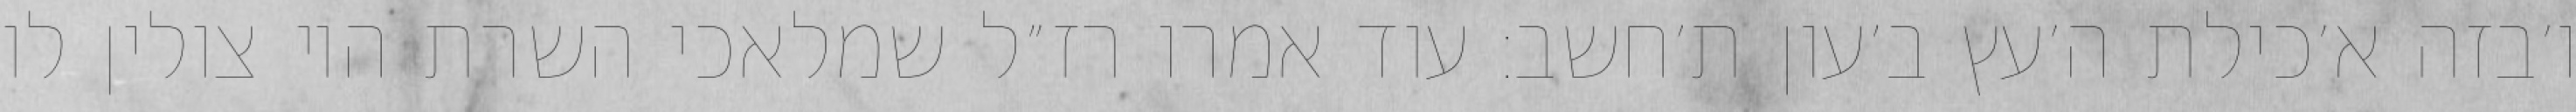
ו׳בזה א׳כילת ה׳עץ ב׳עון ת׳חשב: עוד אמרו רז״ל שמלאכי השרת היו צולין לו